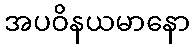
အပဝိနယမာနော